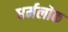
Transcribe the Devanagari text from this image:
धर्मलोक